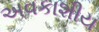
અવકાશીય